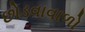
છોડવાવાળો